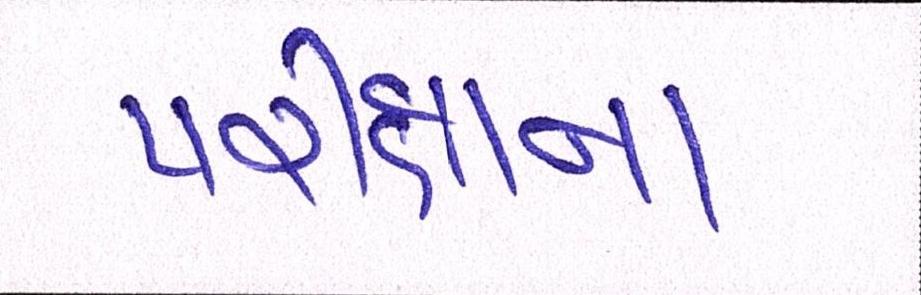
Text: પરીક્ષાના